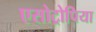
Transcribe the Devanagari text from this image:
एसोट्रोपिया